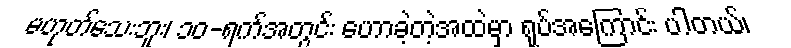
မဟုတ်သေးဘူး၊ ၁၀-ရက်အတွင်း ဟောခဲ့တဲ့အထဲမှာ ရုပ်အကြောင်း ပါတယ်၊